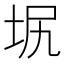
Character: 㘲